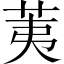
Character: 荑